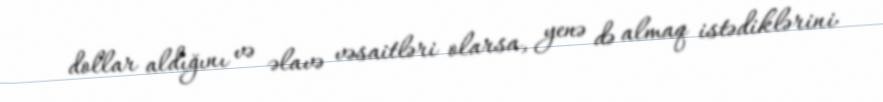
dollar aldığını və əlavə vəsaitləri olarsa, yenə də almaq istədiklərini